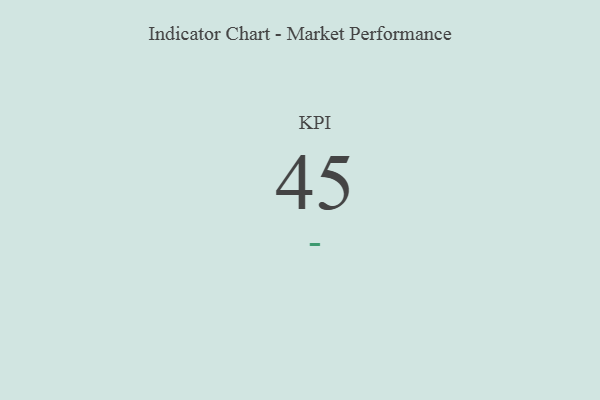
{"axis": {"x": "KPI", "y": "Value"}, "legend": [""], "data": [{"x": "KPI", "y": 45, "type": ""}]}